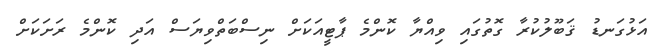
އަޅުގަނޑު ޤަބޫލުކުރާ ގޮތުގައި ވިއްޔާ ކޮންމެ ޕާޓީއަކަށް ނިސްބަތްވިޔަސް އަދި ކޮންމެ ރަށަކަށް